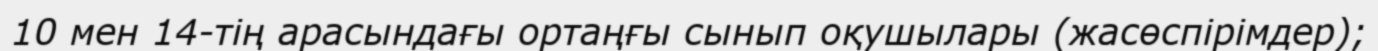
10 мен 14-тің арасындағы ортаңғы сынып оқушылары (жасөспірімдер);